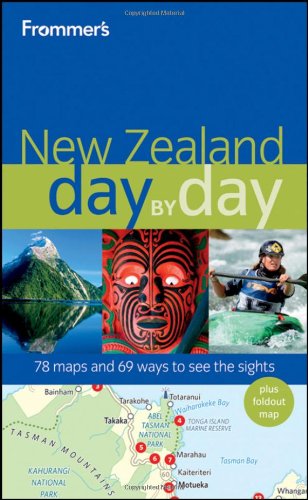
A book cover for Frommer's New Zealand Day by Day (Frommer's Day by Day - Full Size); Adrienne Rewi; Travel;